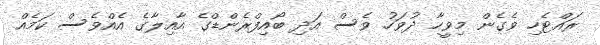
ރައްޓެހި ވެގެން މިވީހާ ދުވަހު ވެސް އަދި ބޯއިފްރެންޑްގެ އާއިލާގެ އެއްވެސް ކަމެއް